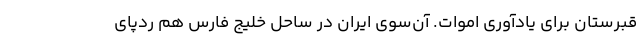
قبرستان برای یادآوری اموات. آن‌سوی ایران در ساحل خلیج فارس هم ردپای